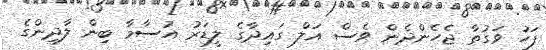
ފަހު ވަގުތާ ޖެހެންދެން ވެސް އަލް ގައިދާގެ ލީޑަރު އުސާމާ ބިން ލާދިންގެ